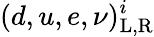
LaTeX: (d,u,e,\nu)_{\mathrm{L,R}}^{i}